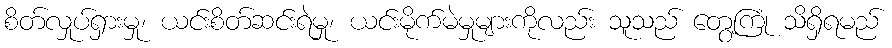
စိတ်လှုပ်ရှားမှု၊ ယင်းစိတ်ဆင်းရဲမှု၊ ယင်းမိုက်မဲမှုများကိုလည်း သူသည် တွေ့ကြုံ သိရှိရမည်